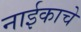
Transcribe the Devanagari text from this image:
नाईकाचे